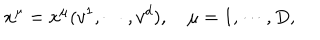
LaTeX: x ^ { \mu } = x ^ { \mu } ( v ^ { 1 } , \cdots , v ^ { d } ) , \quad \mu = 1 , \cdots , D ,